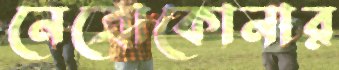
নেত্রোকোনার